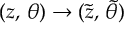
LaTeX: ( z , \, \theta ) \rightarrow ( { \tilde { z } } , \, { \tilde { \theta } } )